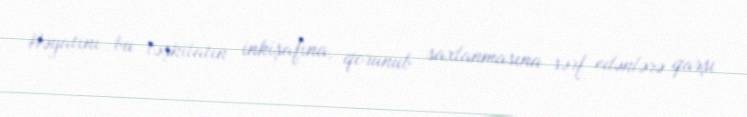
Həyatını bu təşkilatın inkişafına, qorunub saxlanmasına sərf edənlərə qarşı